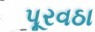
પૂરવઠા